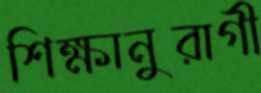
শিক্ষানুরাগী